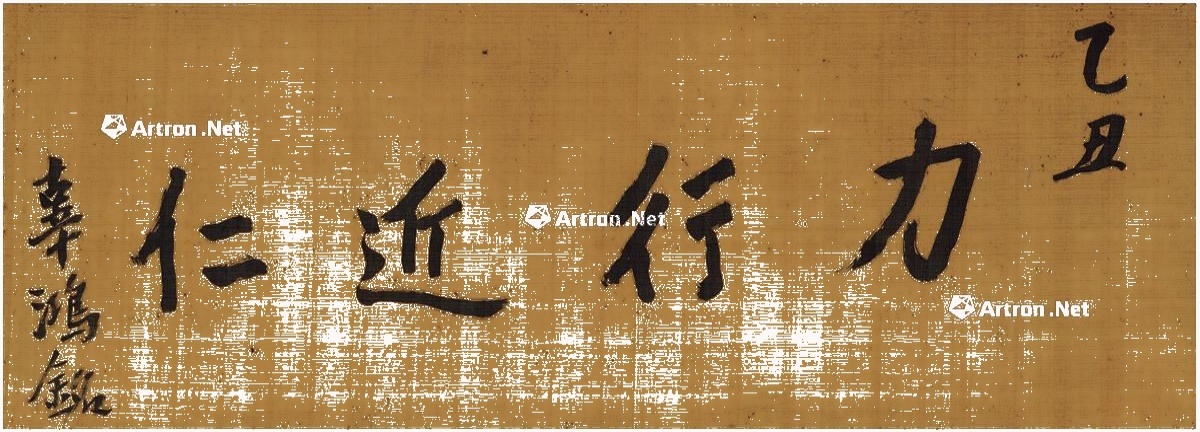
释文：力行近仁。乙丑，辜鸿铭。